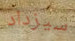
سيزداد